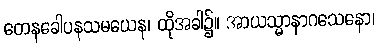
တေနခေါပနသမယေန၊ ထိုအခါ၌။ အာယသ္မာနာဂသေနော၊